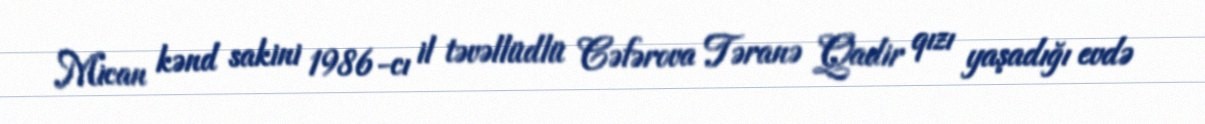
Mican kənd sakini 1986-cı il təvəllüdlü Cəfərova Təranə Qadir qızı yaşadığı evdə